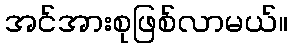
အင်အားစုဖြစ်လာမယ်။